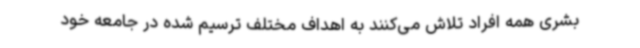
بشری همه افراد تلاش می‌کنند به اهداف مختلف ترسیم شده در جامعه خود